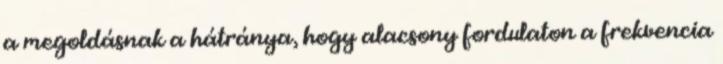
a megoldásnak a hátránya, hogy alacsony fordulaton a frekvencia